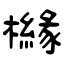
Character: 櫞